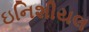
ઇનિશીયલ